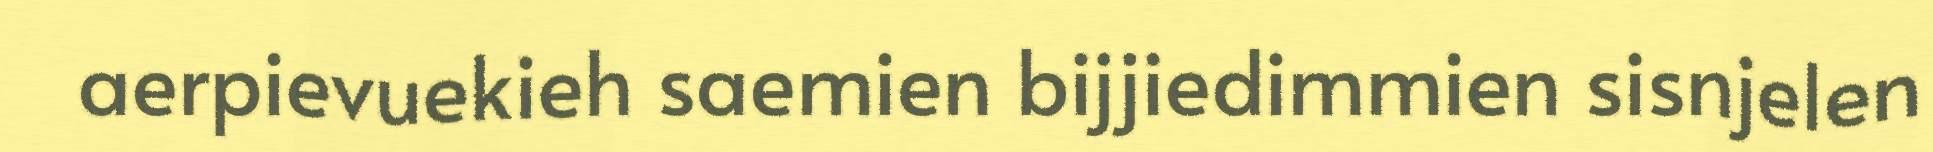
aerpievuekieh saemien bijjiedimmien sisnjelen